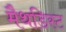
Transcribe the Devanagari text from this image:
मैथडिस्ट